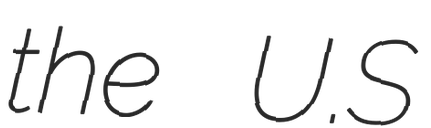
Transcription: the U.S